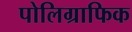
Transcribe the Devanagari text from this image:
पोलिग्राफिक